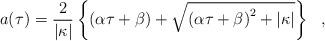
LaTeX: \begin{align*}a(\tau) = \frac{2}{\vert\kappa \vert}\left \{\left (\alpha \tau + \beta \right ) +\sqrt{\left (\alpha \tau + \beta \right )^{2} + \vert\kappa \vert} \right \}\ \ ,\end{align*}